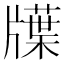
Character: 𤗽